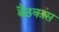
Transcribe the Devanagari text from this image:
बैठकांस